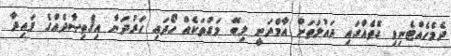
ދެމެހެއްޓެނިވި ގޮތެއްގައި ދައުލަތަށް އާމްދަނީ ލިބޭ މަގުތަކެއް ހޯދައި ހަރުދަނާ އިޤްތިޞާދެއްގެ ފައިދާ